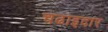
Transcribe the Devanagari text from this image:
चढाइदार